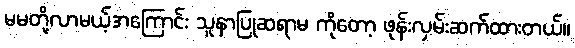
မမတို့လာမယ့်အကြောင်း သူနာပြုဆရာမ ကိုတော့ ဖုန်းလှမ်းဆက်ထားတယ်။